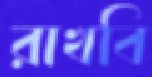
রাখবি